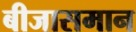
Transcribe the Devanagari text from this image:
बीजासमान